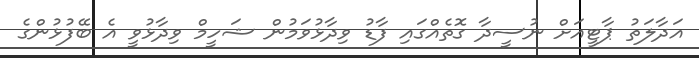
އަދާލަތު ޕާޓީއަށް ނުސީދާ ގޮތެއްގައި ފާޑު ވިދާޅުވަމުން ޝަހީމް ވިދާޅުވީ އެ ބޭފުޅުންގެ